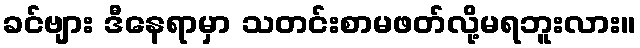
ခင်ဗျား ဒီနေရာမှာ သတင်းစာမဖတ်လို့မရဘူးလား။